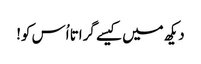
دیکھ میں کیسے گراتا اُس کو!